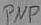
Text: PNP